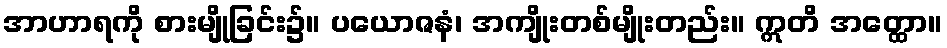
အာဟာရကို စားမျိုခြင်း၌။ ပယောဇနံ၊ အကျိုးတစ်မျိုးတည်း။ ဣတိ အတ္ထော။